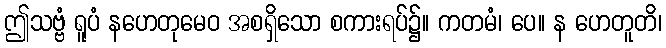
ဤသဗ္ဗံ ရူပံ နဟေတုမေဝ အစရှိသော စကားရပ်၌။ ကတမံ၊ ပေ။ န ဟေတူတိ၊